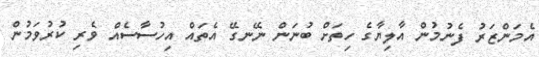
އެމަންޒަރު ފެނުމުން އާލިޔާގެ ހިތަށް ބުނަން ނޭނގޭ އެތައް އިހުސާސެއް ވެރި ކުރުވަމުން